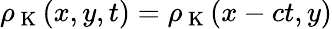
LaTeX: \rho_{\mathrm{~K~}}(x,y,t)=\rho_{\mathrm{~K~}}(x-ct,y)